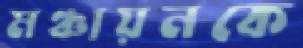
মঞ্চায়নকে